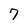
Character: 7